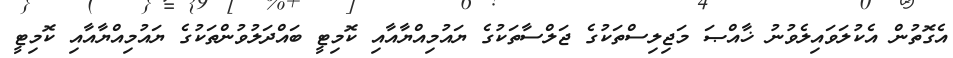
އެގޮތުން އެކުލަވައިލެވުނު ޚާއްޞަ މަޖިލިސްތަކުގެ ޖަލްސާތަކުގެ ޔައުމިއްޔާއާއި ކޮމިޓީ ބައްދަލުވުންތަކުގެ ޔައުމިއްޔާއާއި ކޮމިޓީ